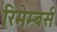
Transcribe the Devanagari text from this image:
रिमेम्बर्स